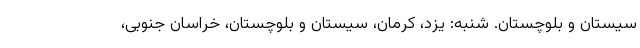
سیستان و بلوچستان. شنبه: یزد، کرمان، سیستان و بلوچستان، خراسان جنوبی،